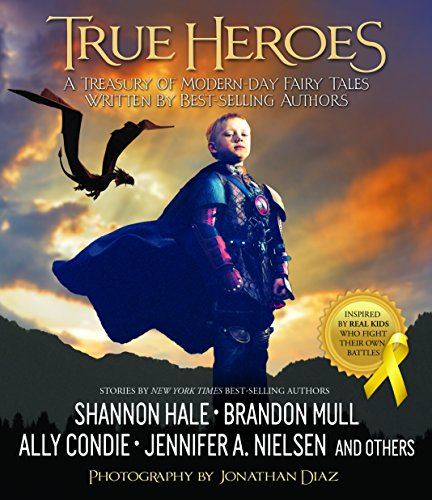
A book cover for True Heroes: A Treasury of Modern-day Fairy Tales Written by Best-selling Authors; Jonathan Diaz; Children's Books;